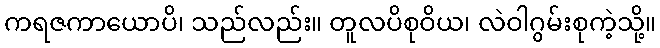
ကရဇကာယောပိ၊ သည်လည်း။ တူလပိစုဝိယ၊ လဲဝါဂွမ်းစုကဲ့သို့။